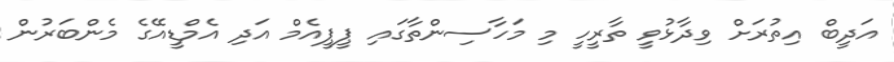
އަދީބް އިތުރަށް ވިދާޅުވީ ތާރީހީ މި މަހާސިންތާގައި ޕީޕީއެމް އަދި އެމްޑީއޭގެ މެންބަރުން